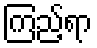
ကြည့်ရာ